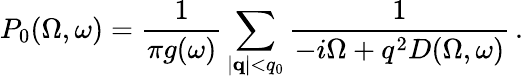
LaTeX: P_{0}(\Omega,\omega)=\frac{1}{\pi g(\omega)}\sum_{|{\mathbf q}|<q_{0}}\frac{1}{-i\Omega+q^{2}D(\Omega,\omega)}\, .